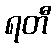
ရတီ